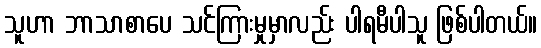
သူဟာ ဘာသာစာပေ သင်ကြားမှုမှာလည်း ပါရမီပါသူ ဖြစ်ပါတယ်။